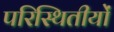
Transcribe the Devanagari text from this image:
परिस्थितीयों